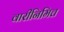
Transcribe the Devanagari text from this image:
वारीनिमित्त